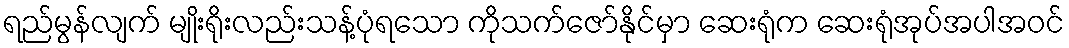
ရည်မွန်လျက် မျိုးရိုးလည်းသန့်ပုံရသော ကိုသက်ဇော်နိုင်မှာ ဆေးရုံက ဆေးရုံအုပ်အပါအဝင်